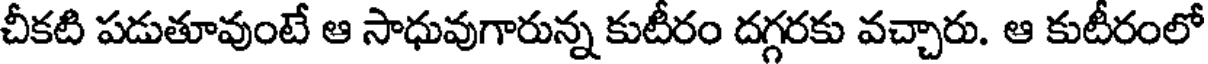
చీకటి పడుతూవుంటే ఆ సాధువుగారున్న కుటీరం దగ్గరకు వచ్చారు. ఆ కుటీరంలో